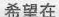
希望在